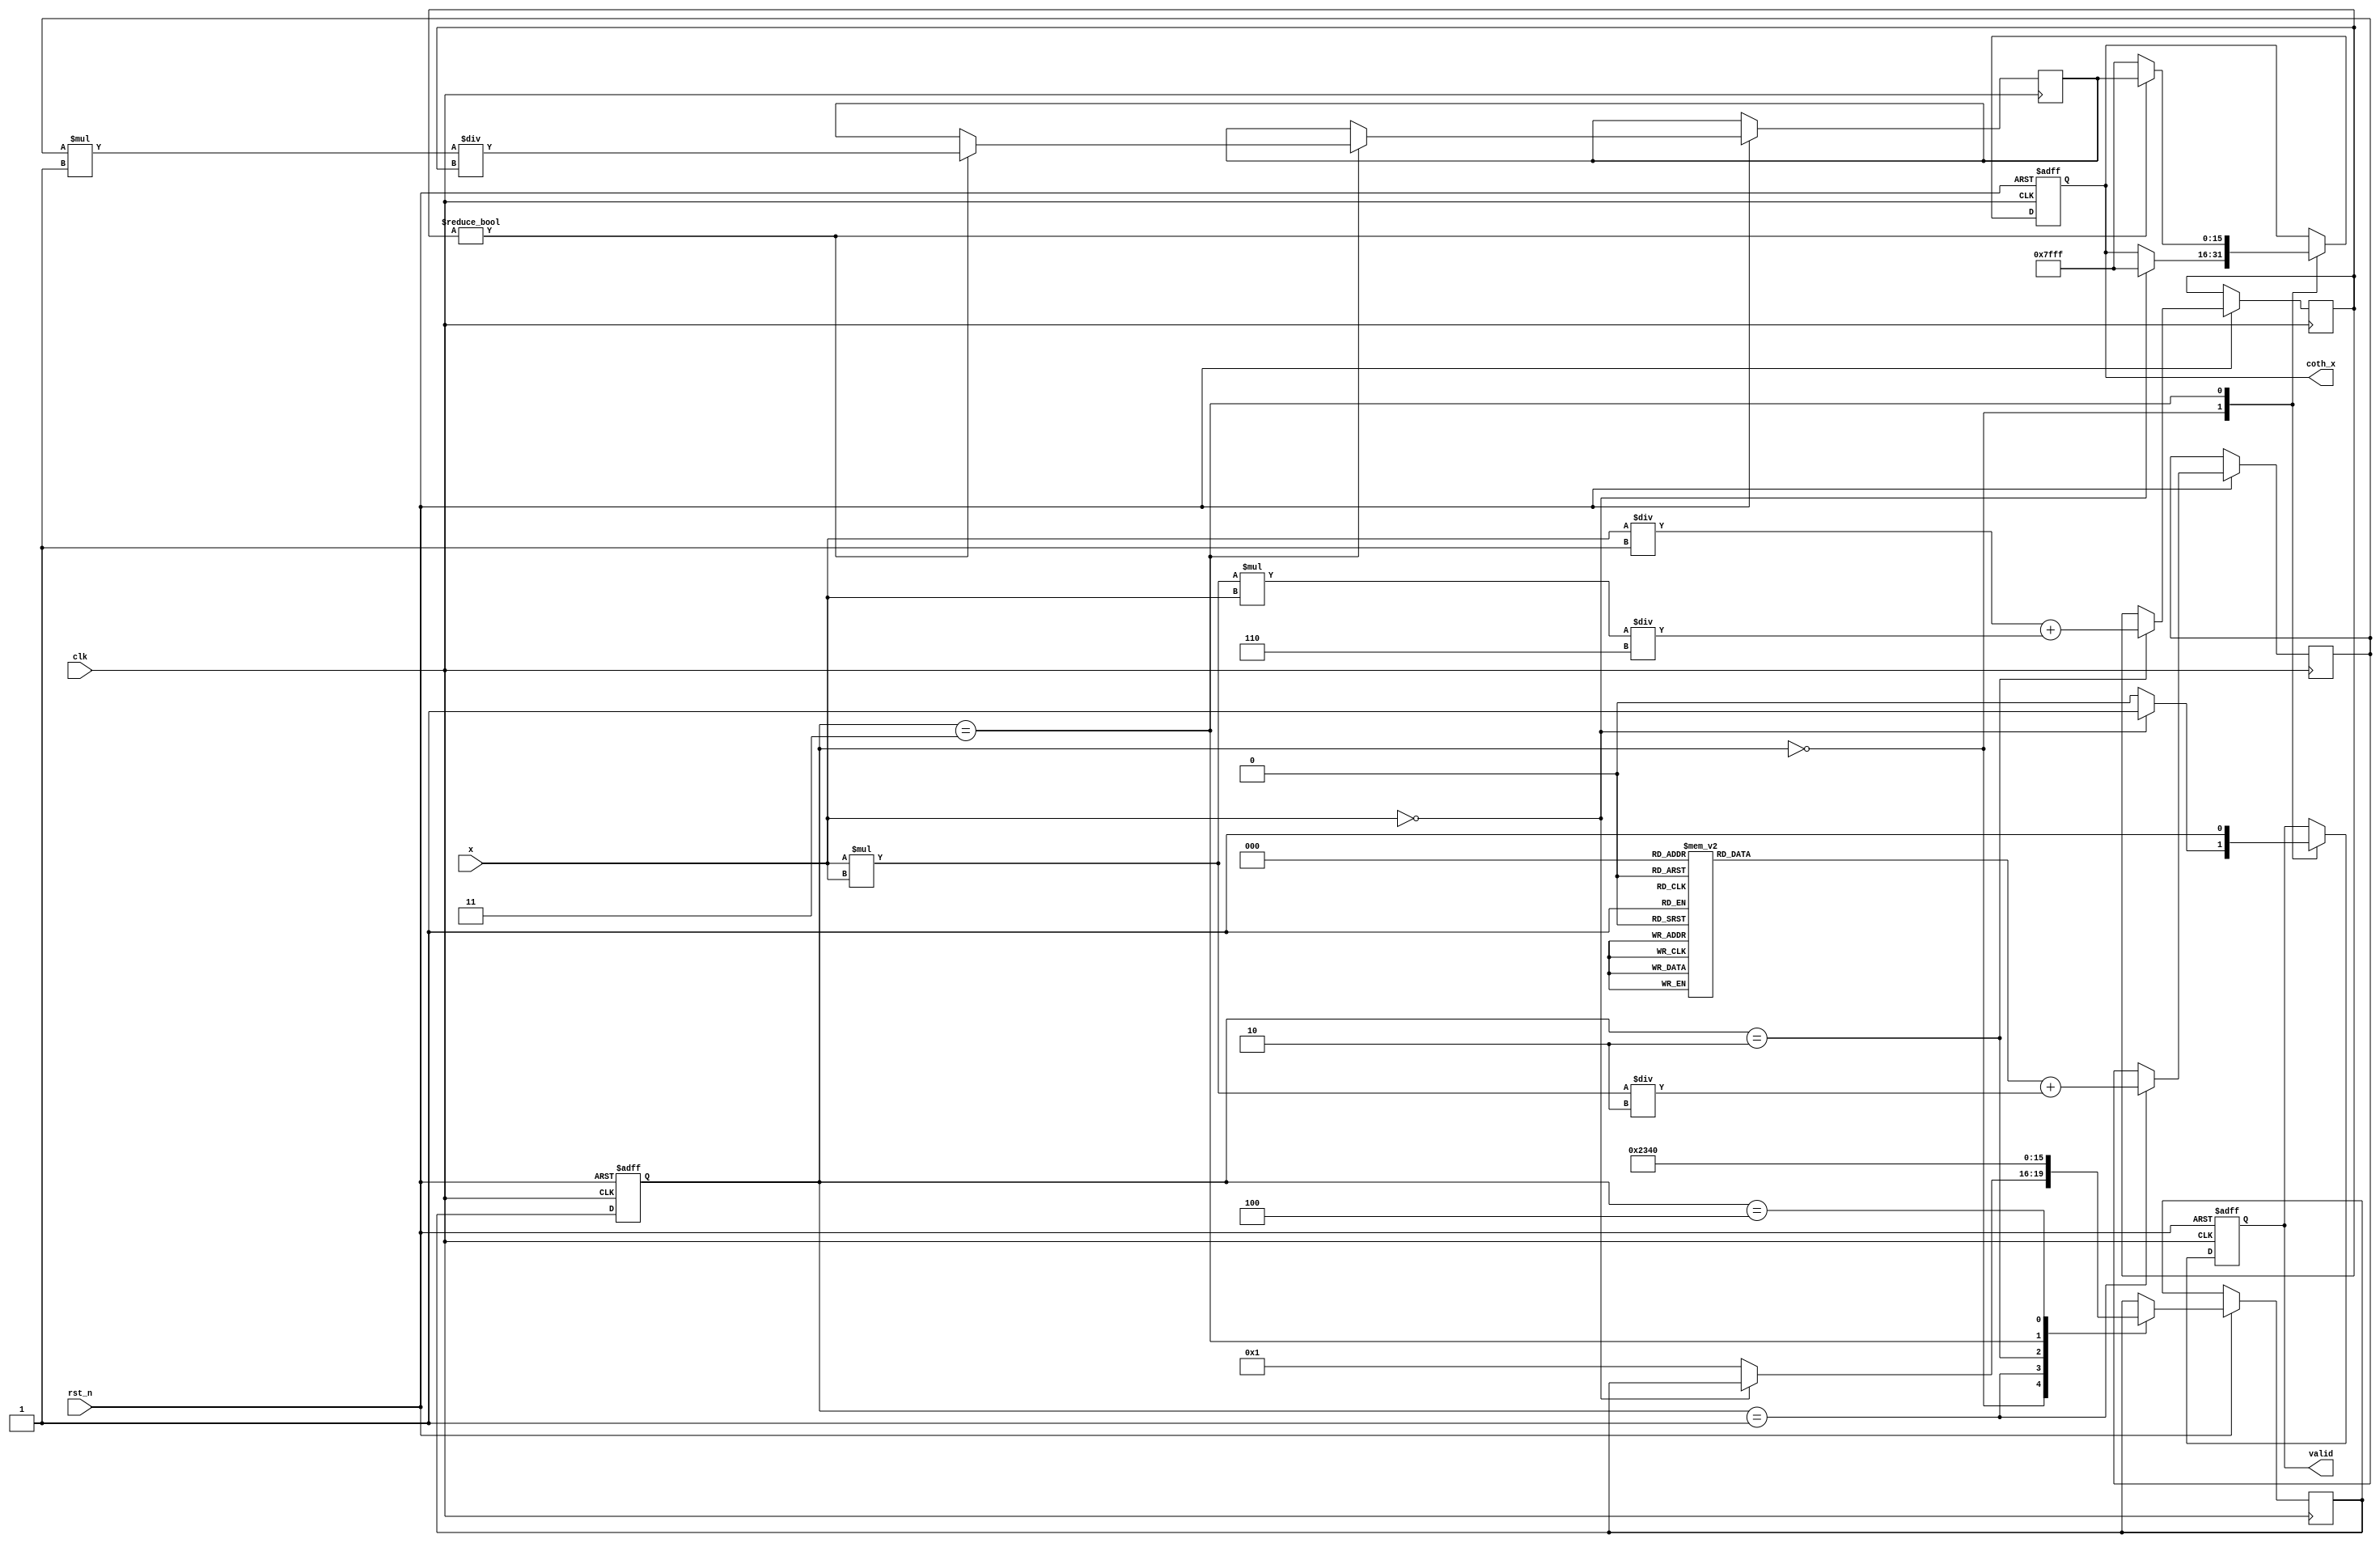
module hyperbolic_cotangent (
    input wire clk,
    input wire rst_n,
    input wire [15:0] x,         // Input: fixed-point representation of x
    output reg [15:0] coth_x,    // Output: fixed-point representation of coth(x)
    output reg valid              // Output valid signal
);

    // Parameters
    parameter MAX_VALUE = 16'h7FFF; // Maximum fixed-point value for saturation
    parameter MIN_VALUE = 16'h8000; // Minimum fixed-point value for saturation

    // Internal signals
    reg [15:0] cosh_x;
    reg [15:0] sinh_x;
    reg [15:0] temp_coth_x;
    reg [3:0] state;
    reg [3:0] next_state;

    // State encoding
    localparam IDLE = 4'b0000,
               CALC_COSH = 4'b0001,
               CALC_SINH = 4'b0010,
               CALC_COTH = 4'b0011,
               DONE = 4'b0100;

    // Taylor series coefficients for cosh(x) and sinh(x)
    reg [15:0] cosh_coeff [0:4]; // Coefficients for cosh
    reg [15:0] sinh_coeff [0:4]; // Coefficients for sinh

    // Initialize coefficients
    initial begin
        cosh_coeff[0] = 16'h0001; // 1
        cosh_coeff[1] = 16'h0000; // 0
        cosh_coeff[2] = 16'h0001; // x^2 / 2!
        cosh_coeff[3] = 16'h0000; // 0
        cosh_coeff[4] = 16'h0001; // x^4 / 4!
        
        sinh_coeff[0] = 16'h0000; // 0
        sinh_coeff[1] = 16'h0001; // x / 1!
        sinh_coeff[2] = 16'h0000; // 0
        sinh_coeff[3] = 16'h0001; // x^3 / 3!
        sinh_coeff[4] = 16'h0000; // 0
    end

    // State machine
    always @(posedge clk or negedge rst_n) begin
        if (!rst_n) begin
            state <= IDLE;
            coth_x <= 16'h0000;
            valid <= 0;
        end else begin
            state <= next_state;
            case (state)
                IDLE: begin
                    valid <= 0;
                    if (x == 16'h0000) begin
                        coth_x <= MAX_VALUE; // Handle coth(0) case
                        valid <= 1;
                    end else begin
                        // Proceed to calculate cosh(x) and sinh(x)
                        next_state <= CALC_COSH;
                    end
                end
                CALC_COSH: begin
                    // Calculate cosh(x) using Taylor series
                    cosh_x <= cosh_coeff[0] + (x * x) / 16'h0002; // Approximation
                    next_state <= CALC_SINH;
                end
                CALC_SINH: begin
                    // Calculate sinh(x) using Taylor series
                    sinh_x <= (x / 16'h0001) + (x * x * x) / 16'h0006; // Approximation
                    next_state <= CALC_COTH;
                end
                CALC_COTH: begin
                    // Calculate coth(x) as cosh(x) / sinh(x)
                    if (sinh_x != 0) begin
                        temp_coth_x <= (cosh_x * 16'h0001) / sinh_x; // Fixed-point division
                        coth_x <= temp_coth_x;
                    end else begin
                        coth_x <= MAX_VALUE; // Handle division by zero
                    end
                    valid <= 1;
                    next_state <= DONE;
                end
                DONE: begin
                    // Wait for next input
                    next_state <= IDLE;
                end
            endcase
        end
    end

endmodule